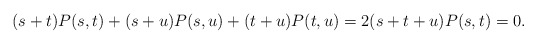
\begin{align*}(s+t)P(s,t)+(s+u)P(s,u)+(t+u)P(t,u)=2(s+t+u)P(s,t)=0.\end{align*}